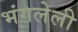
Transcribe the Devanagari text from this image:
भंगलेली